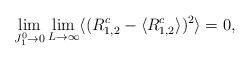
LaTeX: \begin{align*}\lim_{J_1^0 \rightarrow 0} \lim_{L \rightarrow \infty}\langle ( {R_{1,2}^c} - \langle R_{1,2}^c\rangle )^2\rangle=0, \end{align*}